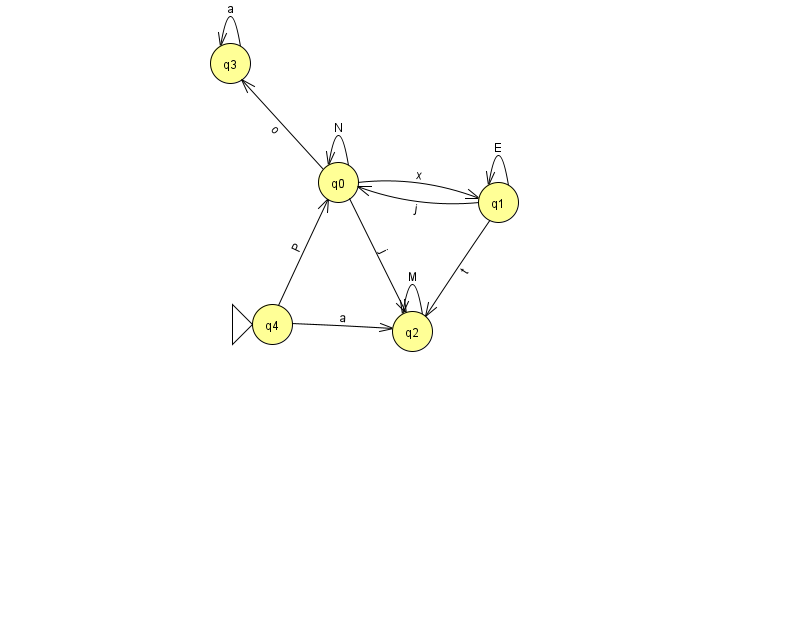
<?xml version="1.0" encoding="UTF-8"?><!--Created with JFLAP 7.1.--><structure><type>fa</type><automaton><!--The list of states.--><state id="0" name="q0"><x>338.0</x><y>169.0</y></state><state id="1" name="q1"><x>498.0</x><y>189.0</y></state><state id="2" name="q2"><x>412.0</x><y>318.0</y></state><state id="3" name="q3"><x>230.0</x><y>50.0</y></state><state id="4" name="q4"><x>272.0</x><y>311.0</y><initial/></state><!--The list of transitions.--><transition><from>1</from><to>2</to><read>t</read></transition><transition><from>3</from><to>3</to><read>a</read></transition><transition><from>1</from><to>1</to><read>E</read></transition><transition><from>0</from><to>1</to><read>x</read></transition><transition><from>1</from><to>0</to><read>j</read></transition><transition><from>4</from><to>0</to><read>P</read></transition><transition><from>2</from><to>2</to><read>M</read></transition><transition><from>0</from><to>0</to><read>N</read></transition><transition><from>0</from><to>3</to><read>o</read></transition><transition><from>4</from><to>2</to><read>a</read></transition><transition><from>0</from><to>2</to><read>j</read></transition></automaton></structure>